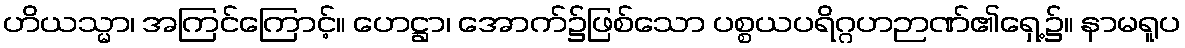
ဟိယသ္မာ၊ အကြင်ကြောင့်။ ဟေဋ္ဌာ၊ အောက်၌ဖြစ်သော ပစ္စယပရိဂ္ဂဟဉာဏ်၏ရှေ့၌။ နာမရူပ